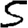
Digit: 5